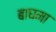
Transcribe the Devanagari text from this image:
बाघमा